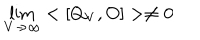
\lim _ { V \rightarrow \infty } < [ Q _ { V } , O ] > \ne 0